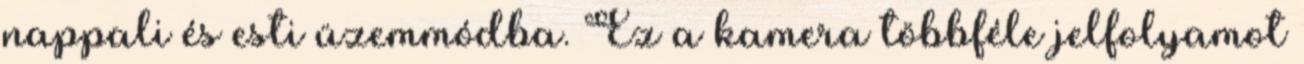
nappali és esti üzemmódba. Ez a kamera többféle jelfolyamot